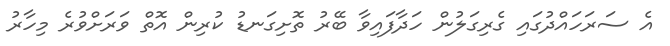
އެ ސަރަހައްދުގައި ގެރިގަލުން ހަދާފައިވާ ބޭރު ތޮށިގަނޑު ކުރިން އޮތް ވަރަށްވުރެ މިހާރު